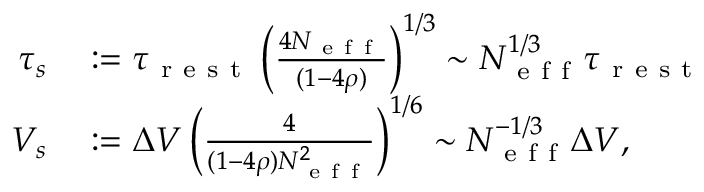
\begin{array} { r l } { \tau _ { s } } & { { } : = \tau _ { \mathrm { ~ r ~ e ~ s ~ t ~ } } \left( \frac { 4 N _ { \mathrm { ~ e ~ f ~ f ~ } } } { ( 1 - 4 \rho ) } \right) ^ { 1 / 3 } \sim N _ { \mathrm { ~ e ~ f ~ f ~ } } ^ { 1 / 3 } \tau _ { \mathrm { ~ r ~ e ~ s ~ t ~ } } } \\ { V _ { s } } & { { } : = \Delta V \left( \frac { 4 } { ( 1 - 4 \rho ) N _ { \mathrm { ~ e ~ f ~ f ~ } } ^ { 2 } } \right) ^ { 1 / 6 } \sim N _ { \mathrm { ~ e ~ f ~ f ~ } } ^ { - 1 / 3 } \Delta V , } \end{array}